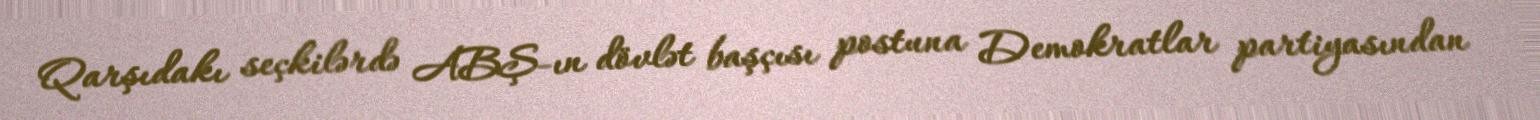
Qarşıdakı seçkilərdə ABŞ-ın dövlət başçısı postuna Demokratlar partiyasından